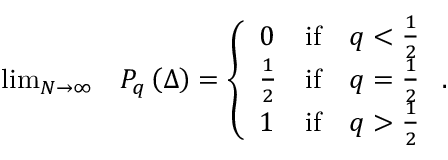
\begin{array} { r l } { \operatorname* { l i m } _ { N \to \infty } } & { { } P _ { q } \left( \Delta \right) = \left\{ \begin{array} { l c c } { 0 } & { \mathrm { i f } } & { q < \frac { 1 } { 2 } } \\ { \frac { 1 } { 2 } } & { \mathrm { i f } } & { q = \frac { 1 } { 2 } } \\ { 1 } & { \mathrm { i f } } & { q > \frac { 1 } { 2 } } \end{array} \right. . } \end{array}